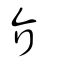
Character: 介